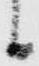
候